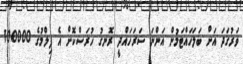
ވަރުގަދަ އަށް ބަލަހައްޓަމުން އަންނަ ސަރަހައްދީ ރޮނގު ހުރަސްކޮށް އެ ފިލްމުގެ 100000